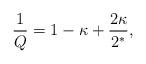
LaTeX: \begin{align*}\frac{1}{Q}=1-\kappa+\frac{2\kappa}{2^*},\end{align*}